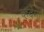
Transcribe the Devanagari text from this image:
व्हर्देमा